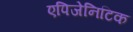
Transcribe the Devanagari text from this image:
एपिजेनिटिक